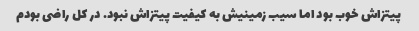
پیتزاش خوب بود اما سیب زمینیش به کیفیت پیتزاش نبود. در کل راضی بودم